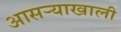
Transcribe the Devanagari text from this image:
आसऱ्याखाली